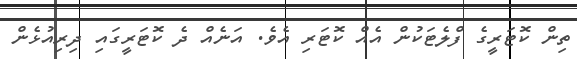
ތިން ކޮޓަރީގެ ފްލެޓަކުން އެއް ކޮޓަރި އެެވެ. އަނެއް ދެ ކޮޓަރީގައި ދިރިއުޅެން